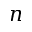
n